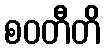
စဝတီတိ